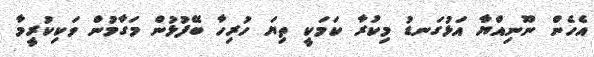
އެހެން ނޫނިއްޔާ އަޅުގަނޑު މިކުރާ ކަމަކީ ތިޔަ ހުރިހާ ބޭފުޅުން މަގާމުން ވަކިކުރީމާ